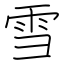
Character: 雪